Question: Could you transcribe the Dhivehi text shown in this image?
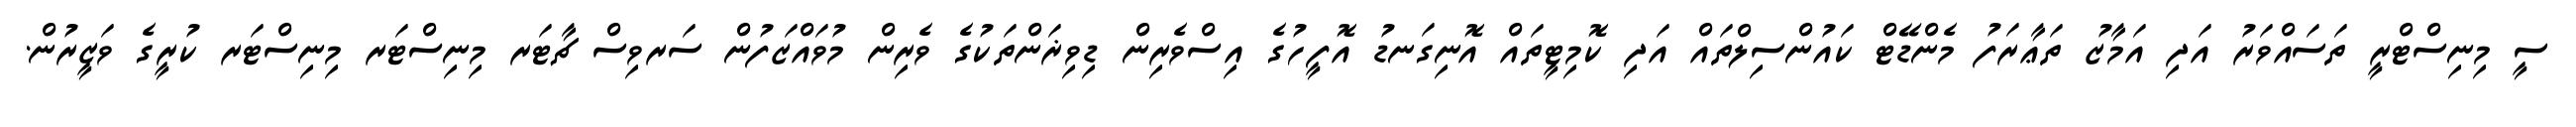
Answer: ސީ މިނިސްޓްރީ ތަސައްވަރު އަދި އަމާޒު ތަޢާރަފު މެންޑޭޓް ކައުންސިލްތައް އަދި ކޮމިޓީތައް އޮނިގަނޑު އޮފީހުގެ އިސްވެރިން ޑިވިޜަންތަކުގެ ވެރިން މުވައްޒަފުން ސަރވިސް ޗާޓަރ މިނިސްޓަރ މިނިސްޓަރ ކުރީގެ ވަޒީރުން.